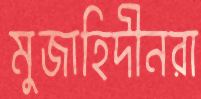
মুজাহিদীনরা